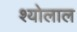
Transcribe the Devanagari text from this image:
श्योलाल